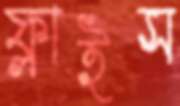
ফ্লাইস